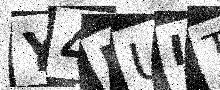
Text: Y4MUIT